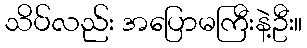
သိပ်လည်း အပြောမကြီးနဲ့ဦး။